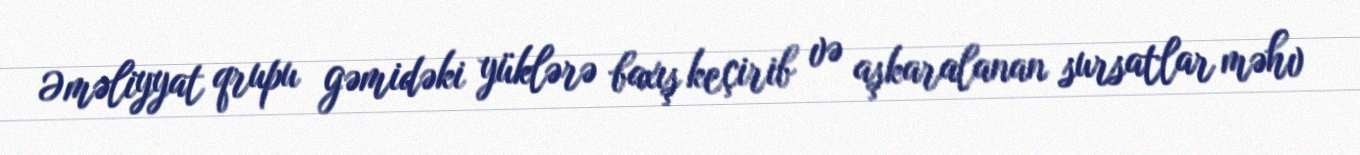
Əməliyyat qrupu gəmidəki yüklərə baxış keçirib və aşkaralanan sursatlar məhv